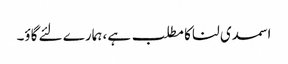
اسمدی لنا کا مطلب ہے، ہمارے لئے گاؤ۔